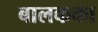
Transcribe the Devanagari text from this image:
बालकका